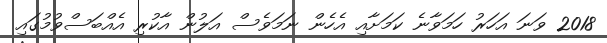
2018 ވަނަ އަހަރު ހަމަވާނެ ކަމަށާއި އެހެން ނަމަވެސް އަލުން އާކުރި އެއްބަސްވުމުގައި